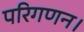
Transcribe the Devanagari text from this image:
परिगणन।